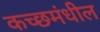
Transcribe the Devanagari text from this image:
कच्छमंधील